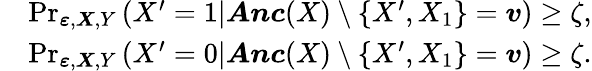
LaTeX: \begin{array}{rl}&{\operatorname*{Pr}_{\boldsymbol{\varepsilon},\boldsymbol{X},Y}\left(X^{\prime}=1|\boldsymbol{\mathit Anc}(X)\setminus\{ X^{\prime},X_{1}\} =\boldsymbol{v}\right)\geq\zeta,}\\ &{\operatorname*{Pr}_{\boldsymbol{\varepsilon},\boldsymbol{X},Y}\left(X^{\prime}=0|\boldsymbol{\mathit Anc}(X)\setminus\{ X^{\prime},X_{1}\} =\boldsymbol{v}\right)\geq\zeta.}\end{array}